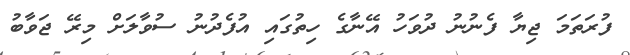
ފުރަތަމަ ޖިޔާ ފެނުނު ދުވަހު އޭނާގެ ހިތުގައި އުފެދުނު ސުވާލަށް މިރޭ ޖަވާބު